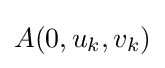
A(0,u_{k},v_{k})